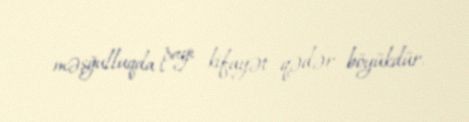
məşğulluqda payı kifayət qədər böyükdür.